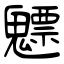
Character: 魒